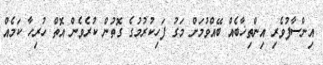
އިންސާފުވެރި އިންތިޚާބެއް ބޭއްވުމަށް މަގު ފަހިކުރުމުގެ ގޮތުން ކުރެވެން އޮތް ހުރިހާ ކަމެއް